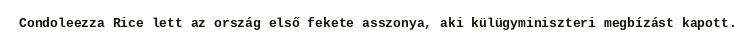
Condoleezza Rice lett az ország első fekete asszonya, aki külügyminiszteri megbízást kapott.